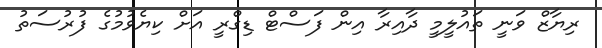
ރިޔާޒް ވަނީ ތައުލީމީ ދާއިރާ އިން ފަސްޓް ޑިގްރީ އަށް ކިޔެވުމުގެ ފުރުސަތު